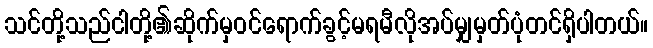
သင်တို့သည်ငါတို့၏ဆိုက်မှဝင်ရောက်ခွင့်မရမီလိုအပ်မျှမှတ်ပုံတင်ရှိပါတယ်။